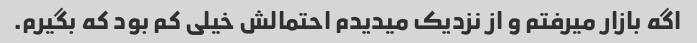
اگه بازار میرفتم و از نزدیک میدیدم احتمالش خیلی کم بود که بگیرم.